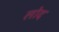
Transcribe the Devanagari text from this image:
लोद